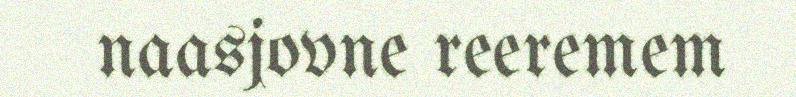
naasjovne reeremem